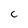
Character: C